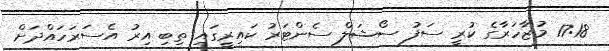
17:18 މުޒާހަރާގެ ކުރީ ސަފު ސޯޝަލް ސެންޓަރު ކައިރީގައި ތިބި އިރު އެސަރަހައްދަށް